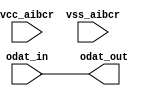
// SPDX-License-Identifier: Apache-2.0
// Copyright (C) 2019 Intel Corporation. 
module aibcr3_rxdat_mimic (
	input wire odat_in,
	input wire vcc_aibcr,
	input wire vss_aibcr,
	output wire odat_out
);

	assign odat_out = odat_in;

endmodule